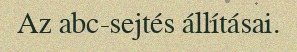
Az abc-sejtés állításai.